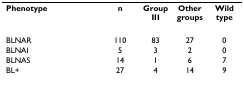
<table><thead><tr><td><b>Phenotype</b></td><td><b>n</b></td><td><b>Group III</b></td><td><b>Other groups</b></td><td><b>Wild type</b></td></tr></thead><tbody><tr><td>BLNAR</td><td>110</td><td>83</td><td>27</td><td>0</td></tr><tr><td>BLNAI</td><td>5</td><td>3</td><td>2</td><td>0</td></tr><tr><td>BLNAS</td><td>14</td><td>1</td><td>6</td><td>7</td></tr><tr><td>BL+</td><td>27</td><td>4</td><td>14</td><td>9</td></tr></tbody></table>